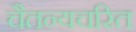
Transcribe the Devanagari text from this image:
चैतन्यचरित